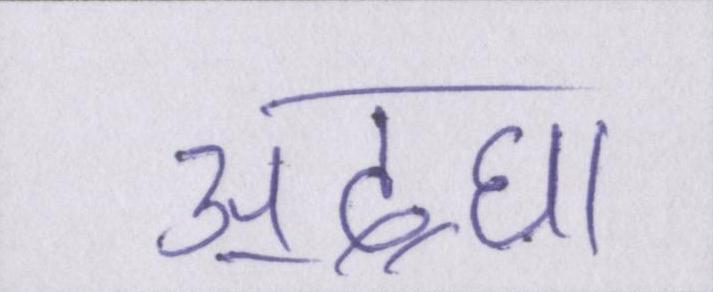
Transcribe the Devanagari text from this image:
अ॒द्घा